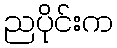
ညပိုင်းက